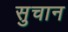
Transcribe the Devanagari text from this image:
सुचान